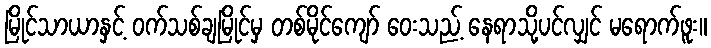
မြိုင်သာယာနှင့် ဝက်သစ်ချမြိုင်မှ တစ်မိုင်ကျော် ဝေးသည့် နေရာသို့ပင်လျှင် မရောက်ဖူး။